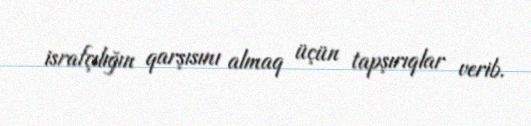
israfçılığın qarşısını almaq üçün tapşırıqlar verib.